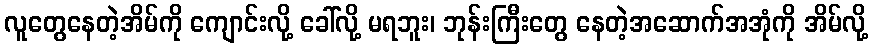
လူတွေနေတဲ့အိမ်ကို ကျောင်းလို့ ခေါ်လို့ မရဘူး၊ ဘုန်းကြီးတွေ နေတဲ့အဆောက်အအုံကို အိမ်လို့